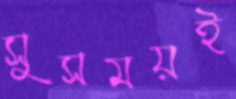
সুসময়ই